Report on sanitation, dispensaries, and jails in Rajputana for 1919, and on vaccination for the year 1919-1920 - 1919-1920
Year: 1919
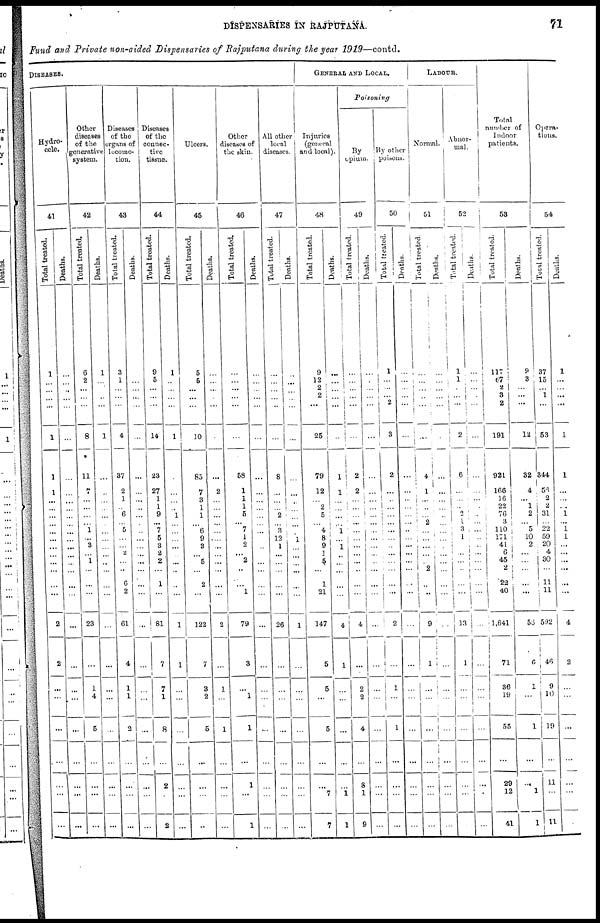
DISPENSARIES IN RAJPUTANA.
71
Fund and Private non-aided Dispensaries of Rajputana during the year 1919—contd.
DISEASES.
Hydro-
cele.
41
Total treated.
1
...
...
... ...
1
1
1
...
...
...
...
...
...
...
...
...
...
...
...
2
2
...
...
...
...
...
...
...
Deaths.
...
...
...
...
...
...
...
...
...
...
...
...
...
...
...
...
...
...
...
...
...
...
...
...
...
...
...
...
...
Other
diseases
of the
generative
system.
42
Total treated.
6
2
...
...
...
8
11
7
...
...
...
...
1
...
3
...
1
...
...
...
23
...
1
4
5
...
...
...
...
Deaths.
1
...
...
...
...
1
...
...
...
...
...
...
...
...
...
...
...
...
...
...
...
...
...
...
...
...
...
...
...
Diseases
of the
organs of
locomo-
tion.
43
Total treated.
3
1
...
...
...
4
37
2
1
... 6
... 5
...
... 2
...
...
6
2
61
4
1
1
2
...
...
...
...
Deaths.
...
...
...
...
...
...
...
...
...
...
...
...
...
...
...
...
...
...
...
...
...
...
...
...
...
...
...
...
...
Diseases
of the
connec-
tive
tissue.
44
Total treated.
9
5
...
...
...
14
23
27
1
1
9
...
7
5
3
2
2
...
1
...
81
7
7
1
8
...
2
...
2
Deaths.
1
...
...
...
...
1
...
...
...
... 1
...
...
...
...
...
...
...
...
...
1
1
...
...
...
...
...
...
...
Ulcers.
45
Total treated.
5
5
...
...
...
10
85
7
3
1
1
...
6
9
3
...
5
...
2
...
122
7
3
2
5
...
...
...
...
Deaths.
...
...
...
...
...
...
...
2
...
...
...
...
...
...
...
...
...
...
...
...
2
...
1
...
1
...
...
...
...
Other
diseases of
the skin.
46
Total treated.
...
...
... ...
...
58
1
1
1
5
... 7
1
2
...
2
...
...
1
79
3
...
1
1
...
1
...
1
Deaths.
...
...
...
...
...
...
...
...
...
...
...
...
...
...
...
...
...
...
...
...
...
...
...
...
...
...
...
...
...
All other
local
diseases.
47
Total treated.
...
...
...
...
...
...
8
...
...
...
2
...
3
12
1
...
...
...
...
...
26
...
...
...
...
...
...
...
...
Deaths.
...
...
...
...
...
...
...
...
...
...
...
...
...
...
...
...
...
...
...
...
1
...
...
...
...
...
...
...
...
GENERAL AND LOCAL.
Injuries
(general
and local).
48
Total treated.
9
12
2
2 ...
25
79
12
...
2
5
...
4
8
9
1
5
...
1
21
147
5
5
...
5
...
...
7
7
Deaths.
...
...
...
...
...
...
1
1
...
...
...
...
1
...
1
...
...
...
...
...
4
1
...
...
...
...
...
1
1
Poisoning
By
opium.
49
Tot al treated.
...
...
...
...
...
...
2
2
...
...
...
...
...
...
...
...
...
..
...
...
4
...
2
2
4
...
8
1
9
Deat hs .
...
...
...
...
...
...
...
...
...
...
...
...
...
...
...
...
...
...
...
...
...
...
...
...
...
...
...
...
...
By other
poisons.
50
Tot al treated.
1
...
...
... 2
3
2
...
...
...
...
...
...
...
...
...
...
...
...
...
2
...
1
...
1
...
...
...
...
Deat hs .
...
...
...
...
...
...
...
...
...
...
...
...
...
...
...
...
...
...
...
...
...
...
...
...
...
...
...
...
...
LABOUR.
Normal.
51
Tot al treated.
...
...
...
...
...
...
4
1
...
...
...
2
...
...
...
...
...
2
...
...
9
1
...
...
...
...
...
...
...
Deat hs .
...
...
...
...
...
...
1
...
...
...
...
...
...
...
...
...
...
...
...
...
...
...
...
...
...
...
...
...
...
Abnor-
mal .
52
Tot al treated.
1
1
...
...
...
2
6
...
...
... 2
1
3
1
...
...
...
...
...
...
13
1
...
...
...
...
...
1
...
Deat hs .
...
...
...
...
...
...
...
...
...
...
...
...
...
...
...
...
...
...
...
...
1
...
...
...
...
...
...
...
...
Total
number of
Indoor
patients.
53
Total treated.
117
67
2
3 2
191
921
166
16
22
76
3
110
171
41
6
45
2
22
40
1,641
71
36
19
55
...
29
12
41
Deat hs .
9
3
...
...
...
12
32
4
...
1
2
... 5
10
2 ...
...
...
1
...
56
6
1
...
...
...
...
1
1
Opera¬
tions.
54
Tot al treated.
37
15
...
1
...
53
344
56
2
... 31
...
22
59
20
4
30
...
11
11
592
46
9
10
19
...
11
...
11
Deaths.
1
...
...
...
...
1
1
...
...
... 1
...
l
1
...
...
...
...
...
...
4
2
...
...
...
...
...
...
...